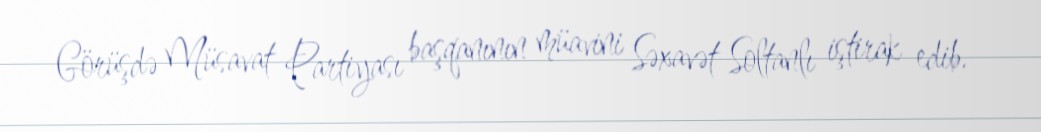
Görüşdə Müsavat Partiyası başqanının müavini Səxavət Soltanlı iştirak edib.